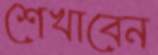
শেখাবেন